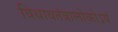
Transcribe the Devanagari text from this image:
विधायतंत्रालोकोऽयं